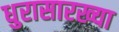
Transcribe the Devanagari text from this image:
धुरासारख्या